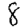
Digit: 8